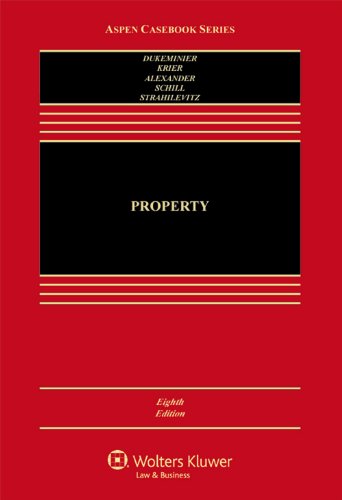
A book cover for Property (Aspen Casebook); Jesse Dukeminier; Law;